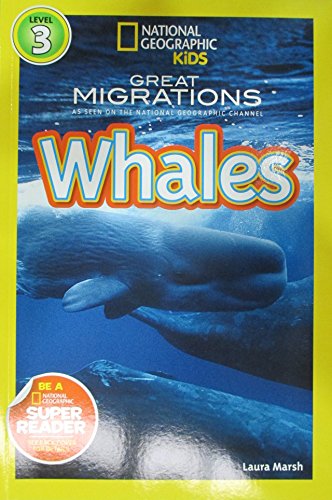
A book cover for National Geographic Readers: Great Migrations Whales; Laura Marsh; Children's Books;